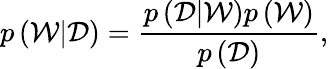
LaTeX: p\left(\mathcal{W}|\mathcal{D}\right)=\frac{p\left(\mathcal{D}|\mathcal{W}\right)p\left(\mathcal{W}\right)}{p\left(\mathcal{D}\right)},